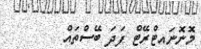
މޮނޮނައިޓްރޭޓް ފަދަ ބޭސްތައް